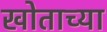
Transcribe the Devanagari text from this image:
खोताच्या